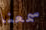
سمعنا